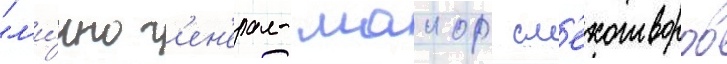
"л'и́чно г'ен'ерал- маиор см'ехотворов